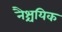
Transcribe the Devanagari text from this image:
नैश्चयिक